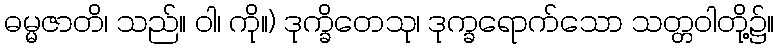
ဓမ္မဇာတိ၊ သည်။ ဝါ၊ ကို။) ဒုက္ခိတေသု၊ ဒုက္ခရောက်သော သတ္တဝါတို့၌။